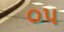
૦પ